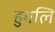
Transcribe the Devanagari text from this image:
हुगलि